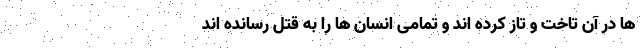
ها در آن تاخت و تاز کرده اند و تمامی انسان ها را به قتل رسانده اند